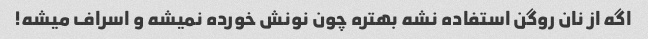
اگه از نان روگن استفاده نشه بهتره چون نونش خورده نمیشه و اسراف میشه!